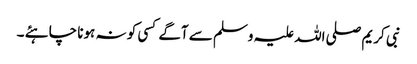
نبی کریم صلی اللہ علیہ وسلم سے آگے کسی کو نہ ہونا چاہئے ۔